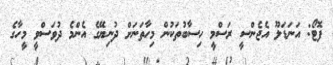
ފޮޓޯ: އަނަޑަލޫ އެޖެންސީ ރަސްމީ ހިސާބުތަކުން މިހާތަނަށް ދުނިޔޭގެ އެންމެ ދުވަސްވީ މީހާގެ